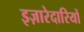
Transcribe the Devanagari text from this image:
इज़ारेदारियों